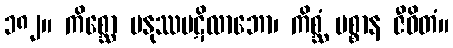
၁၈၂။ ကိစ္ဆော မနုဿပဋိလာဘော၊ ကိစ္ဆံ မစ္စာန ဇီဝိတံ။